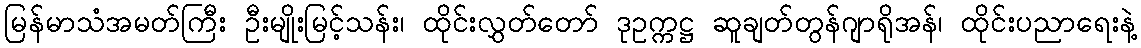
မြန်မာသံအမတ်ကြီး ဦးမျိုးမြင့်သန်း၊ ထိုင်းလွှတ်တော် ဒုဥက္ကဋ္ဌ ဆူချတ်တွန်ဂျာရိုအန်၊ ထိုင်းပညာရေးနဲ့